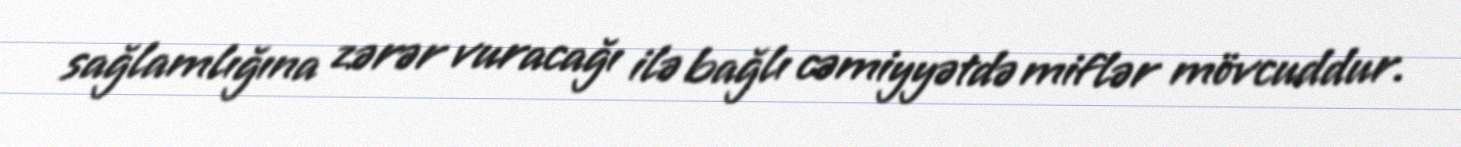
sağlamlığına zərər vuracağı ilə bağlı cəmiyyətdə miflər mövcuddur.